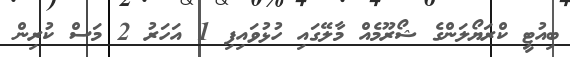
ބިއުޓީ ކްރަޔޯލަންގެ ޝޯރޫމެއް މާލޭގައި ހުޅުވައިފި 1 އަހަރު 2 މަސް ކުރިން